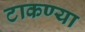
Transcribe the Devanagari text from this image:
टाकण्या